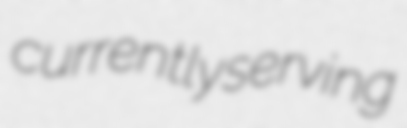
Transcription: currently serving